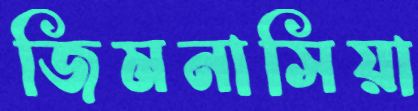
জিমনাসিয়া